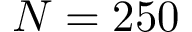
N = 2 5 0